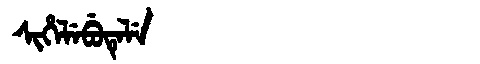
Manchu: ᠰᡳᡥᡝᠯᡝᠪᡠᡨᡝᠯᡝ
Romanization: SIHELEBUTELE